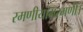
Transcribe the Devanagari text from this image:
रमणीयामरमणीं।